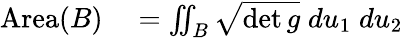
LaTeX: \begin{array}{rl}{{\mathrm{Area}}(B)}&{{}=\iint_{B}{\sqrt{\operatorname*{det}g}}\; du_{1}\; du_{2}}\end{array}